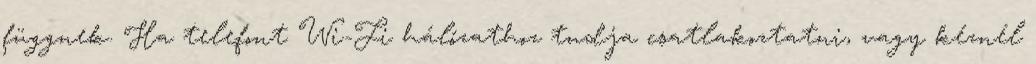
függnek. Ha telefont Wi-Fi hálózathoz tudja csatlakoztatni, vagy kéznél